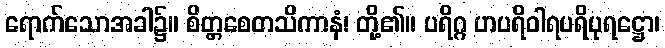
ရောက်သောအခါ၌။ စိတ္တစေတသိကာနံ၊ တို့၏။ ပရိဂ္ဂ ဟပရိဝါရပရိပုရဋ္ဌော၊